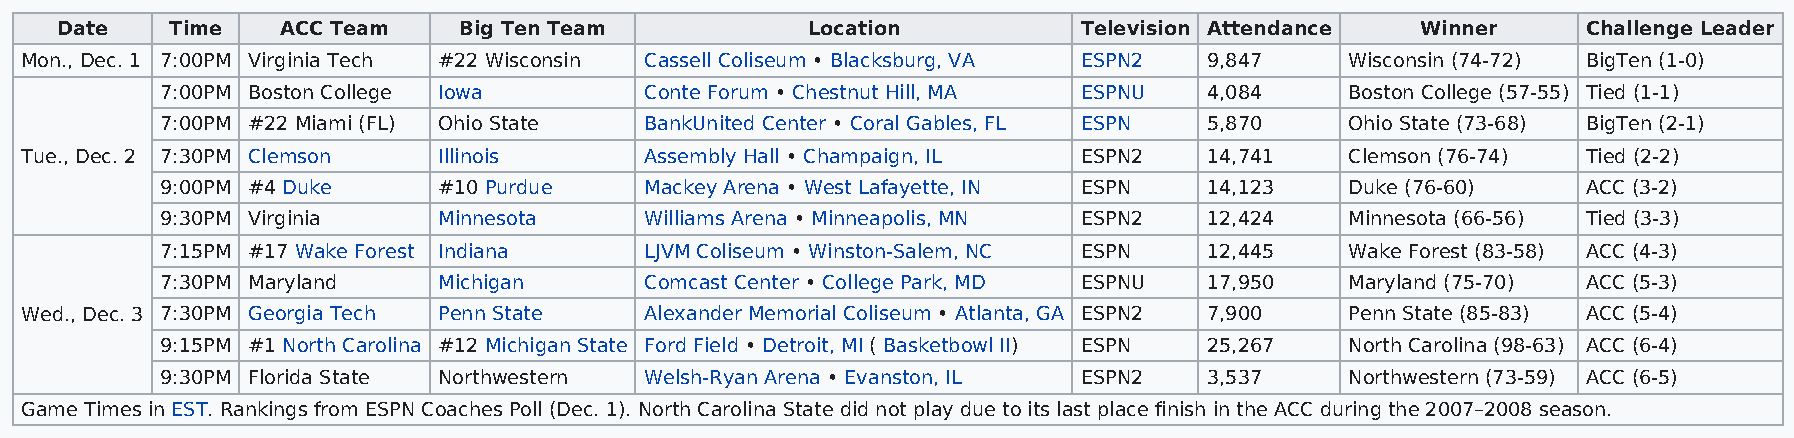
Date   Time    ACC Team   Big Ten Team           Location           Television Attendance Winner     Challenge Leader
 Mon., Dec. 1 7:00PM Virginia Tech #22 Wisconsin Cassell Coliseum • Blacksburg, VA ESPN2 9,847 Wisconsin (74-72) BigTen (1-0)
 7:00PM Boston College Iowa      Conte Forum • Chestnut Hill, MA ESPNU 4,084   Boston College (57-55) Tied (1-1)
 7:00PM #22 Miami (FL) Ohio State BankUnited Center • Coral Gables, FL ESPN 5,870 Ohio State (73-68) BigTen (2-1)
 Tue., Dec. 2 7:30PM Clemson Illinois      Assembly Hall • Champaign, IL ESPN2  14,741   Clemson (76-74) Tied (2-2)
 9:00PM #4 Duke    #10 Purdue    Mackey Arena • West Lafayette, IN ESPN 14,123 Duke (76-60)    ACC (3-2)
 9:30PM Virginia   Minnesota     Williams Arena • Minneapolis, MN ESPN2 12,424 Minnesota (66-56) Tied (3-3)
 7:15PM #17 Wake Forest Indiana  LJVM Coliseum • Winston-Salem, NC ESPN 12,445 Wake Forest (83-58) ACC (4-3)
 7:30PM Maryland   Michigan      Comcast Center • College Park, MD ESPNU 17,950 Maryland (75-70) ACC (5-3)
 Wed., Dec. 3 7:30PM Georgia Tech Penn State Alexander Memorial Coliseum • Atlanta, GA ESPN2 7,900 Penn State (85-83) ACC (5-4)
 9:15PM #1 North Carolina #12 Michigan State Ford Field • Detroit, MI ( Basketbowl II) ESPN 25,267 North Carolina (98-63) ACC (6-4)
 9:30PM Florida State Northwestern Welsh-Ryan Arena • Evanston, IL ESPN2 3,537 Northwestern (73-59) ACC (6-5)
 Game Times in EST. Rankings from ESPN Coaches Poll (Dec. 1). North Carolina State did not play due to its last place finish in the ACC during the 2007–2008 season.